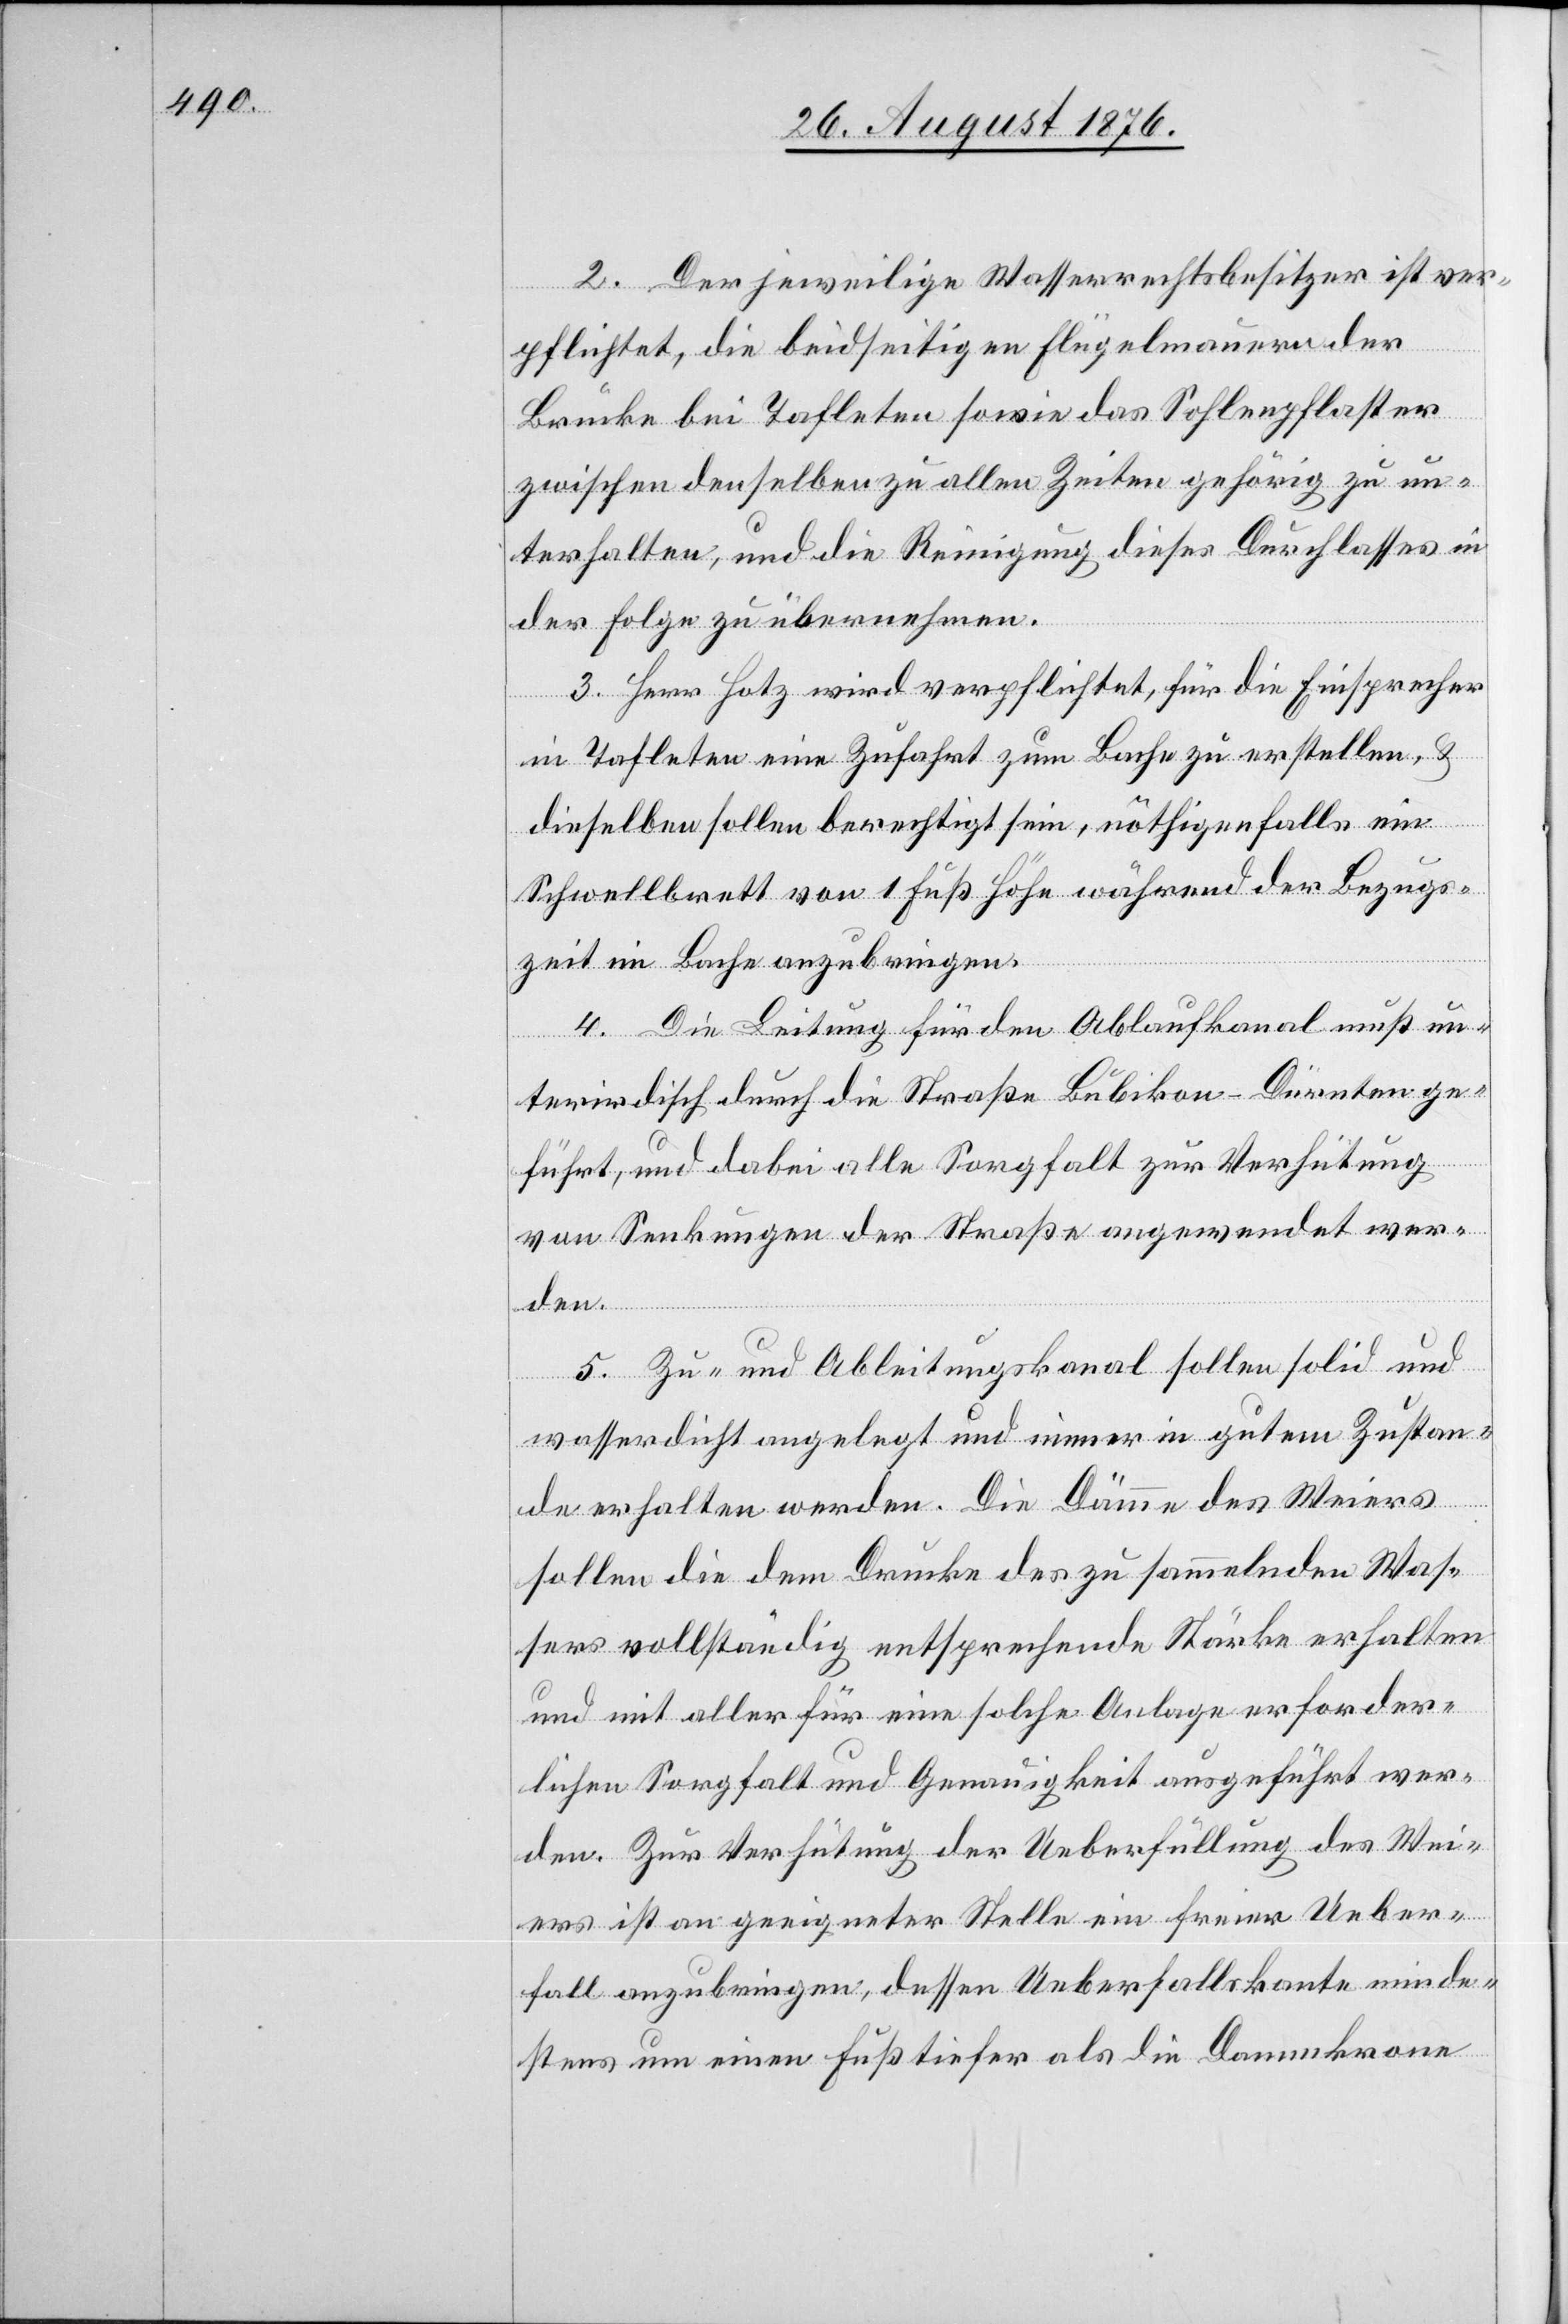
2. Der jeweilige Wasserrechtsbesitzer ist ver¬
pflichtet, die beidseitigen Flügelmauern der
Brücke bei Tafleten sowie das Sohlenpflaster
zwischen denselben zu allen Zeiten gehörig zu un¬
terhalten, und die Reinigung dieses Durchlasses in
der Folge zu übernehmen.
3. Herr Hotz wird verpflichtet, für die Einsprechen
in Tafleten eine Zufahrt zum Bache zu erstellen, &
dieselben sollen berechtigt sein, nöthigenfalls ein
Schwellbrett von 1 Fuß Höhe während der Bezugs¬
zeit im Bache anzubringen.
4. Die Leitung für den Ablaufkanal muß un¬
terirdisch durch die Straße Bubikon–Dürnten ge¬
führt, und dabei alle Sorgfalt zur Verhütung
von Senkungen der Straße angewendet wer¬
den.
5. Zu- und Ableitungskanal sollen solid und
wasserdicht angelegt und immer in gutem Zustan¬
de erhalten werden. Die Dämme des Weiers
sollen die dem Drucke des zu sammelnden Was¬
sers vollständig entsprechende Stärke erhalten
und mit aller für eine solche Anlage erforder¬
lichen Sorgfalt und Genauigkeit ausgeführt wer¬
den. Zur Verhütung der Ueberfüllung des Wei¬
ers ist an geeigneter Stelle ein freier Ueber¬
fall anzubringen, dessen Ueberfallskante minde¬
stens um einen Fuß tiefer als die Dammkrone